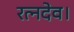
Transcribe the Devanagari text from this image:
रत्नदेव।